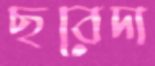
ছবেদা